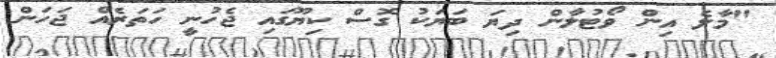
"މާލެ އިން ވޯޓުލާން ދިޔަ ބަޔަކު ގޮސް ކިޔޫގައި ޖެހުނީ ހަތަރެއް ޖަހަން